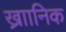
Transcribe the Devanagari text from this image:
ख्राानिक